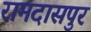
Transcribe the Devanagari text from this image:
रामदासपुर